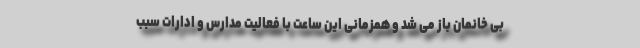
بی خانمان باز می شد و همزمانی این ساعت با فعالیت مدارس و ادارات سبب